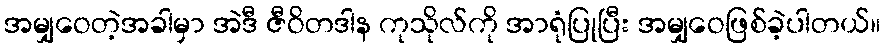
အမျှဝေတဲ့အခါမှာ အဲဒီ ဇီဝိတဒါန ကုသိုလ်ကို အာရုံပြုပြီး အမျှဝေဖြစ်ခဲ့ပါတယ်။